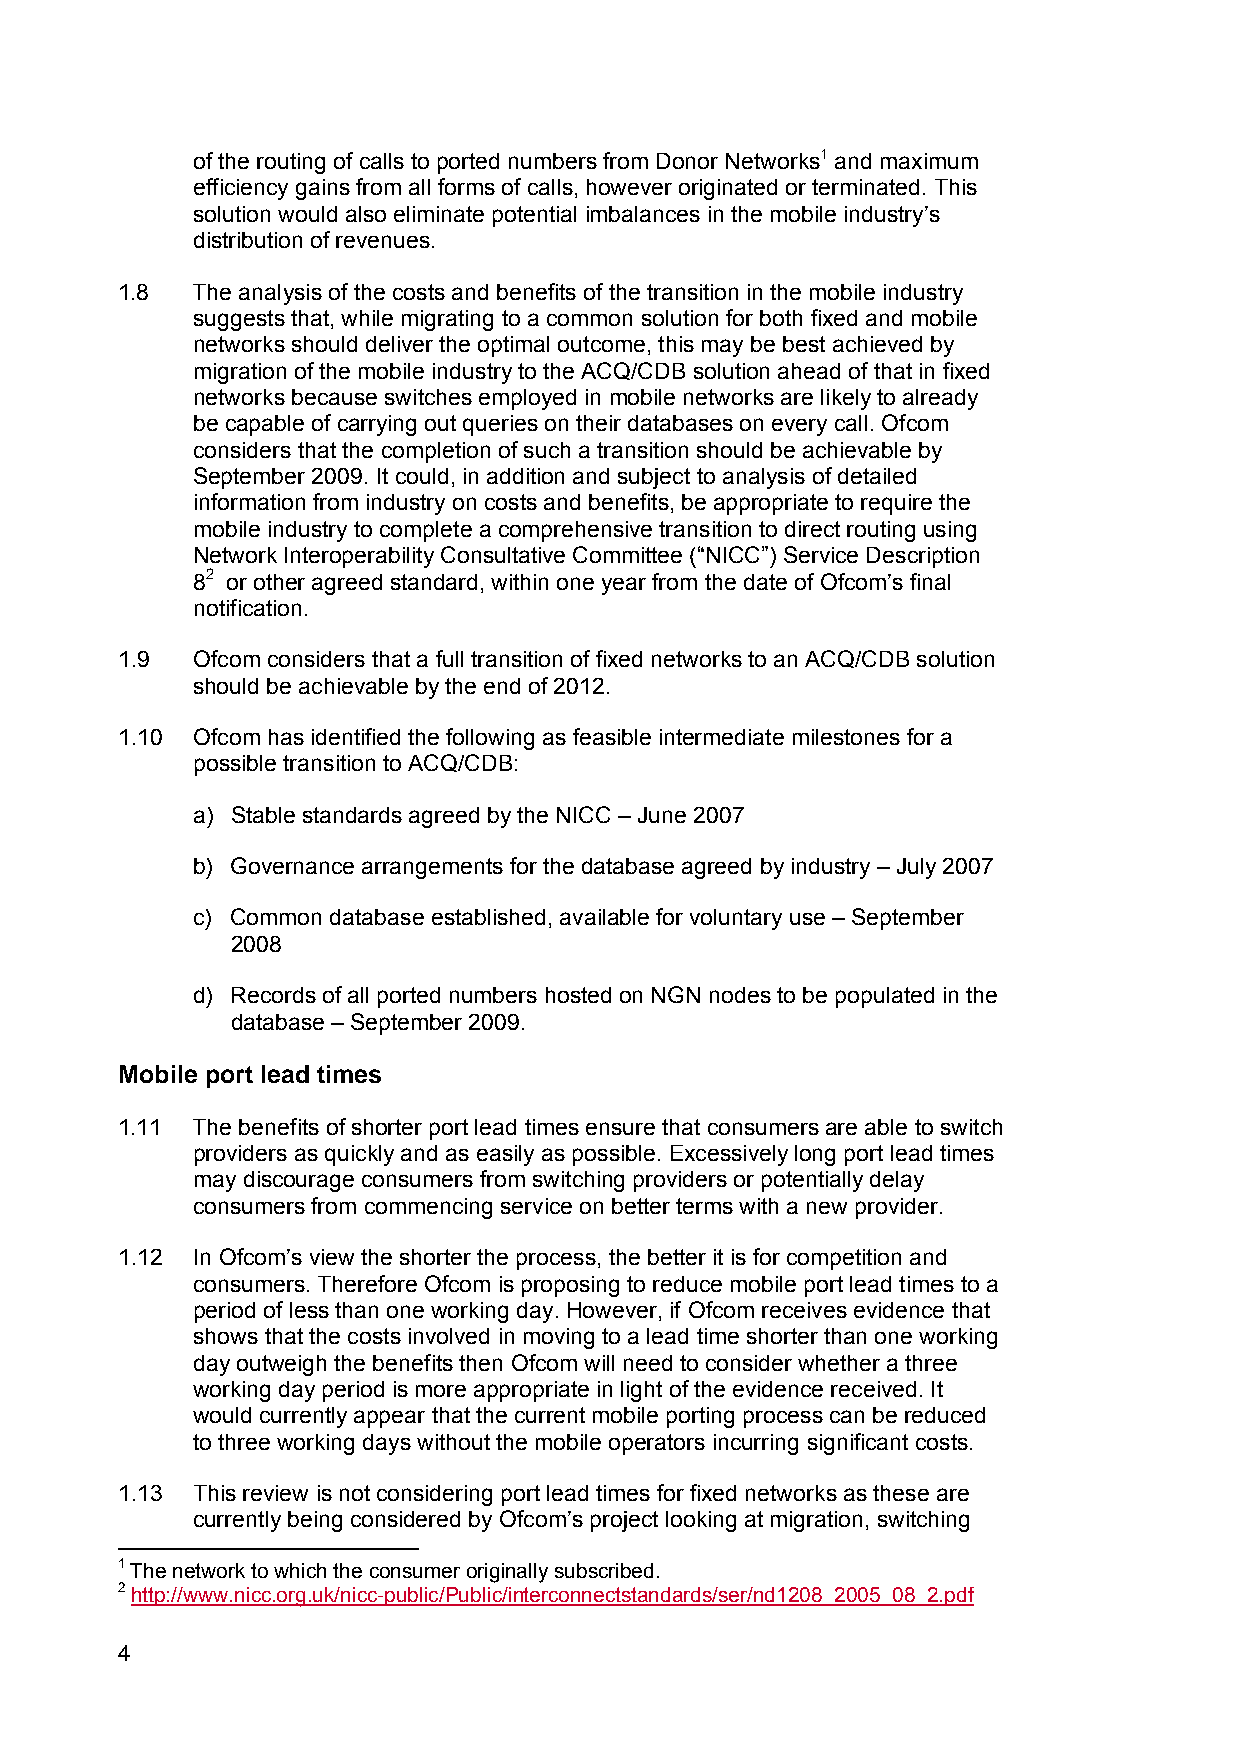
of the routing of calls to ported numbers from Donor Networks1 and maximum
 efficiency gains from all forms of calls, however originated or terminated. This
 solution would also eliminate potential imbalances in the mobile industry’s
 distribution of revenues.
 1.8  The analysis of the costs and benefits of the transition in the mobile industry
 suggests that, while migrating to a common solution for both fixed and mobile
 networks should deliver the optimal outcome, this may be best achieved by
 migration of the mobile industry to the ACQ/CDB solution ahead of that in fixed
 networks because switches employed in mobile networks are likely to already
 be capable of carrying out queries on their databases on every call. Ofcom
 considers that the completion of such a transition should be achievable by
 September 2009. It could, in addition and subject to analysis of detailed
 information from industry on costs and benefits, be appropriate to require the
 mobile industry to complete a comprehensive transition to direct routing using
 Network Interoperability Consultative Committee (“NICC”) Service Description
 82 or other agreed standard, within one year from the date of Ofcom’s final
 notification.
 1.9  Ofcom considers that a full transition of fixed networks to an ACQ/CDB solution
 should be achievable by the end of 2012.
 1.10 Ofcom has identified the following as feasible intermediate milestones for a
 possible transition to ACQ/CDB:
 a) Stable standards agreed by the NICC – June 2007
 b) Governance arrangements for the database agreed by industry – July 2007
 c) Common database established, available for voluntary use – September
 2008
 d) Records of all ported numbers hosted on NGN nodes to be populated in the
 database – September 2009.
 Mobile port lead times
 1.11 The benefits of shorter port lead times ensure that consumers are able to switch
 providers as quickly and as easily as possible. Excessively long port lead times
 may discourage consumers from switching providers or potentially delay
 consumers from commencing service on better terms with a new provider.
 1.12 In Ofcom’s view the shorter the process, the better it is for competition and
 consumers. Therefore Ofcom is proposing to reduce mobile port lead times to a
 period of less than one working day. However, if Ofcom receives evidence that
 shows that the costs involved in moving to a lead time shorter than one working
 day outweigh the benefits then Ofcom will need to consider whether a three
 working day period is more appropriate in light of the evidence received. It
 would currently appear that the current mobile porting process can be reduced
 to three working days without the mobile operators incurring significant costs.
 1.13 This review is not considering port lead times for fixed networks as these are
 currently being considered by Ofcom’s project looking at migration, switching
 1 The network to which the consumer originally subscribed.
 2 http://www.nicc.org.uk/nicc-public/Public/interconnectstandards/ser/nd1208_2005_08_2.pdf
 4